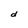
Character: d